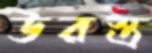
উরস্ত্র